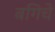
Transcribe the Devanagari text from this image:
बगिचे